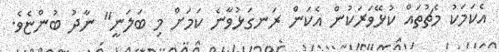
އެކަމަކު މެޗުތައް ކުޅޭވަރަކުން އެކަން ރަނގަޅުވާނެ ކަމަށް މި ބަލަނީ" ނާދު ބުންޏެވެ.